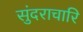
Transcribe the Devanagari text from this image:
सुंदराचारि